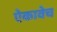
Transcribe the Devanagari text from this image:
ऐकावेच